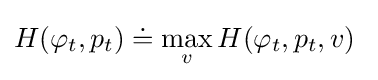
H(\varphi _{t},p_{t})\doteq \max _{v}H(\varphi _{t},p_{t},v)\